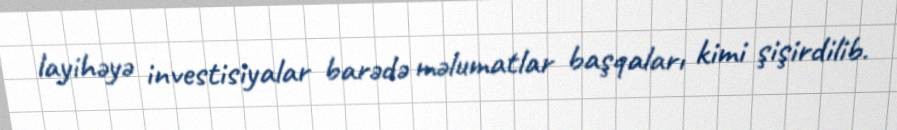
layihəyə investisiyalar barədə məlumatlar başqaları kimi şişirdilib.